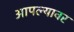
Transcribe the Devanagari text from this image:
आपल्‍यावर